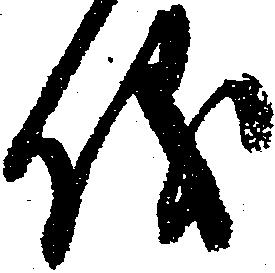
儀